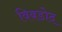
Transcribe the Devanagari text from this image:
विबडोद